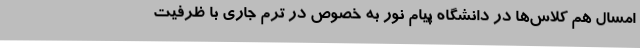
امسال هم کلاس‌ها در دانشگاه پیام نور به خصوص در ترم جاری با ظرفیت